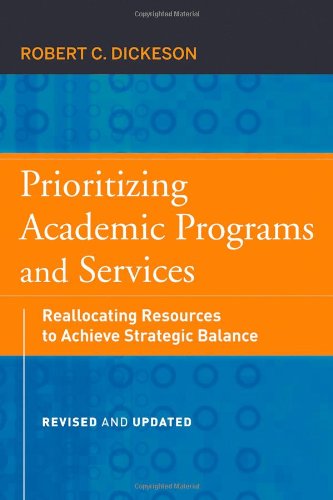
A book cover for Prioritizing Academic Programs and Services: Reallocating Resources to Achieve Strategic Balance, Revised and Updated; Robert C. Dickeson; Education & Teaching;